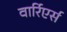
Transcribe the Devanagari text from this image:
वार्रिएर्स